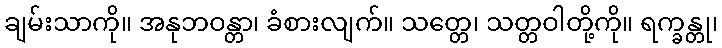
ချမ်းသာကို။ အနုဘဝန္တာ၊ ခံစားလျက်။ သတ္တေ၊ သတ္တဝါတို့ကို။ ရက္ခန္တု၊